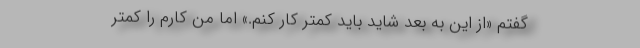
گفتم «از این به بعد شاید باید کمتر کار کنم.» اما من کارم را کمتر